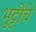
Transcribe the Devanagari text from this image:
भुट्टोंचे